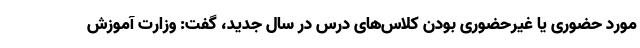
مورد حضوری یا غیرحضوری بودن کلاس‌های درس در سال جدید، گفت: وزارت آموزش